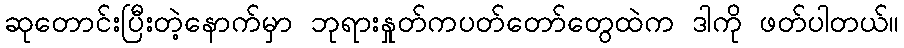
ဆုတောင်းပြီးတဲ့နောက်မှာ ဘုရားနှုတ်ကပတ်တော်တွေထဲက ဒါကို ဖတ်ပါတယ်။